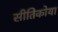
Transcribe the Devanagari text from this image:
सीतिकोया